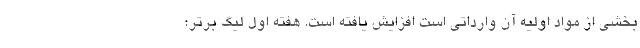
بخشی از مواد اولیه آن وارداتی است افزایش یافته است. هفته اول لیگ برتر؛